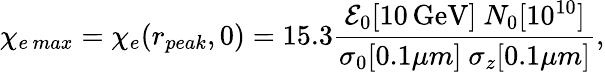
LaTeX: \chi_{e\, max}=\chi_{e}(r_{peak},0)=15.3\frac{\mathcal{E}_{0}[\mathrm{10\, GeV}]\ N_{0}[10^{10}]}{\sigma_{0}[0.1\mu m]\ \sigma_{z}[0.1\mu m]},